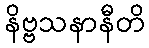
နိဗ္ဗသနာနီတိ